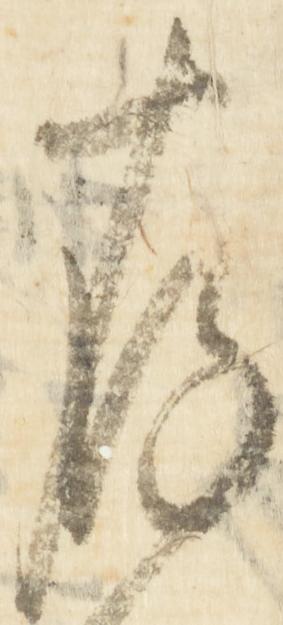
存